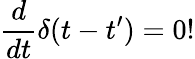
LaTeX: \frac{d}{dt}\delta(t-t^{\prime})=0!